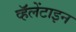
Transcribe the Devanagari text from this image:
व्हॅलेंटाइन